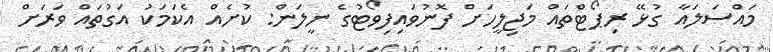
މައްސަލައާ ގުޅޭ ރިޕޯޓްތައް މަޖިލީހަށް ފޮނުވައިފިވޯޓުގެ ނީލަން: ކުށެއް އެކަމަކު އަގުތައް ވަރަށް